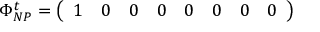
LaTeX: \Phi _ { N P } ^ { t } = \left( \begin{array} { l l l l l l l l } { { 1 } } & { { 0 } } & { { 0 } } & { { 0 } } & { { 0 } } & { { 0 } } & { { 0 } } & { { 0 } } \end{array} \right)